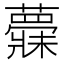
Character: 𱾺